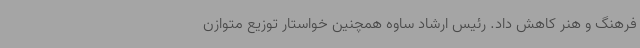
فرهنگ و هنر کاهش داد. رئیس ارشاد ساوه همچنین خواستار توزیع متوازن